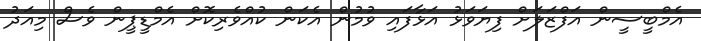
އެމްބީސީން އަފްޒަލަށް ފިޔަވަޅު އަޅާފައި ވުމުން އެކަން ކުއްވެރިކޮށް އެމްޑީޕީން ވެސް މިއަދު